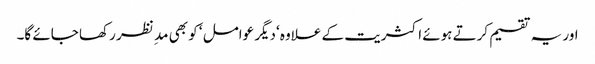
اور یہ تقسیم کرتے ہوئے اکثریت کے علاوہ ‘دیگر عوامل ‘ کو بھی مد ِ نظر رکھا جائے گا۔